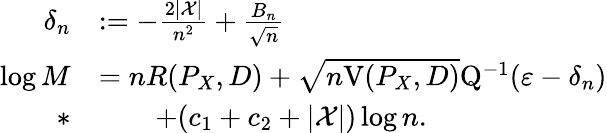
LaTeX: \begin{array}{rl}{\delta_{n}}&{:=-\frac{2|\mathcal{X}|}{n^{2}}+\frac{B_{n}}{\sqrt{n}}}\\ {\log M}&{=nR(P_{X},D)+\sqrt{n\mathrm{V}(P_{X},D)}\mathrm{Q}^{-1}(\varepsilon-\delta_{n})}\\ {*}&{\qquad+(c_{1}+c_{2}+|\mathcal{X}|)\log n.}\end{array}